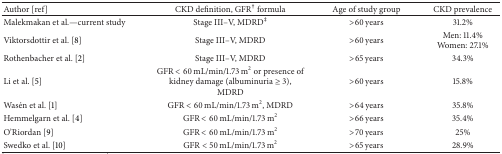
<table><thead><tr><td><b>Author [ref] </b></td><td><b>CKD definition, GFR<sup>†</sup> formula</b></td><td><b>Age of study group</b></td><td><b>CKD prevalence</b></td></tr></thead><tbody><tr><td>Malekmakan et al.—current study</td><td>Stage III–V, MDRD<sup>‡</sup></td><td>&gt;60 years</td><td>31.2%</td></tr><tr><td>Viktorsdottir et al. [8]</td><td>Stage III–V, MDRD</td><td>&gt;60 years</td><td>Men: 11.4% Women: 27.1%</td></tr><tr><td>Rothenbacher et al. [2] </td><td>Stage III–V, MDRD</td><td>&gt;65 years</td><td>34.3%</td></tr><tr><td>Li et al. [5] </td><td>GFR &lt; 60 mL/min/1.73 m<sup>2</sup> or presence of kidney damage (albuminuria ≥ 3), MDRD</td><td>&gt;60 years</td><td>15.8%</td></tr><tr><td>Wasén et al. [1]</td><td>GFR &lt; 60 mL/min/1.73 m<sup>2</sup>, MDRD</td><td>&gt;64 years</td><td>35.8%</td></tr><tr><td>Hemmelgarn et al. [4] </td><td>GFR &lt; 60 mL/min/1.73 m<sup>2</sup></td><td>&gt;66 years</td><td>35.4%</td></tr><tr><td>O&#x27;Riordan [9]</td><td>GFR &lt; 60 mL/min/1.73 m<sup>2</sup></td><td>&gt;70 years</td><td>25%</td></tr><tr><td>Swedko et al. [10] </td><td>GFR &lt; 50 mL/min/1.73 m<sup>2</sup></td><td>&gt;65 years</td><td>28.9%</td></tr></tbody></table>